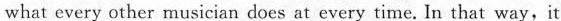
what every other musician does at every time. In that way, it